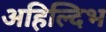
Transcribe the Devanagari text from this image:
अहिल्दिभ